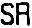
SR